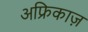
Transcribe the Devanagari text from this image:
अफ्रिकाज़